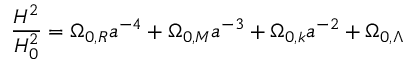
{ \frac { H ^ { 2 } } { H _ { 0 } ^ { 2 } } } = \Omega _ { 0 , R } a ^ { - 4 } + \Omega _ { 0 , M } a ^ { - 3 } + \Omega _ { 0 , k } a ^ { - 2 } + \Omega _ { 0 , \Lambda }